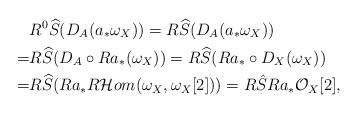
LaTeX: \begin{align*}& R^0\widehat{S}(D_A(a_*\omega_X))=R\widehat{S}(D_A(a_*\omega_X))\\=& R\widehat{S}(D_A\circ Ra_*(\omega_X))=R\widehat{S}(Ra_*\circ D_X(\omega_X)) \\=& R\widehat{S}(Ra_*R\mathcal{H}om(\omega_X, \omega_X[2]))=R\hat{S}Ra_*\mathcal{O}_X[2],\end{align*}